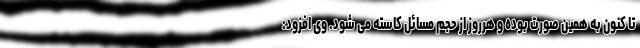
تا کنون به همین صورت بوده و هرروز از حجم مسائل کاسته می شود. وی افزود: